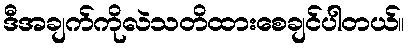
ဒီအချက်ကိုလဲသတိထားစေချင်ပါတယ်။